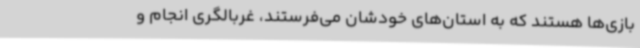
بازی‌ها هستند که به استان‌های خودشان می‌فرستند، غربالگری انجام و